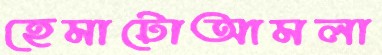
হেমাটোআমলা